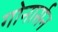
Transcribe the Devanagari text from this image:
गोनार्सन